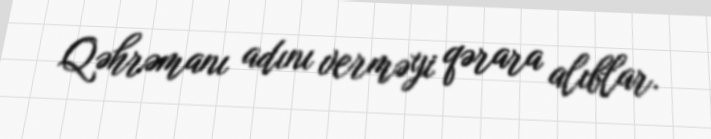
Qəhrəmanı adını verməyi qərara alıblar.